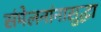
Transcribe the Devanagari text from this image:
संमेलनांनासुद्धा